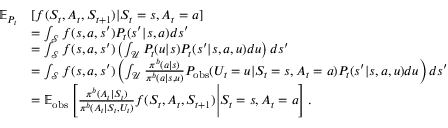
\begin{array} { r l } { \mathbb { E } _ { P _ { t } } } & { [ f ( S _ { t } , A _ { t } , S _ { t + 1 } ) | S _ { t } = s , A _ { t } = a ] } \\ & { = \int _ { \mathcal { S } } f ( s , a , s ^ { \prime } ) P _ { t } ( s ^ { \prime } | s , a ) d s ^ { \prime } } \\ & { = \int _ { \mathcal { S } } f ( s , a , s ^ { \prime } ) \left( \int _ { \mathcal { U } } P _ { t } ( u | s ) P _ { t } ( s ^ { \prime } | s , a , u ) d u \right) d s ^ { \prime } } \\ & { = \int _ { \mathcal { S } } f ( s , a , s ^ { \prime } ) \left( \int _ { \mathcal { U } } \frac { \pi ^ { b } ( a | s ) } { \pi ^ { b } ( a | s , u ) } P _ { \mathrm { o b s } } ( U _ { t } = u | S _ { t } = s , A _ { t } = a ) P _ { t } ( s ^ { \prime } | s , a , u ) d u \right) d s ^ { \prime } } \\ & { = \mathbb { E } _ { \mathrm { o b s } } \left[ \frac { \pi ^ { b } ( A _ { t } | S _ { t } ) } { \pi ^ { b } ( A _ { t } | S _ { t } , U _ { t } ) } f ( S _ { t } , A _ { t } , S _ { t + 1 } ) \Bigg | S _ { t } = s , A _ { t } = a \right] . } \end{array}